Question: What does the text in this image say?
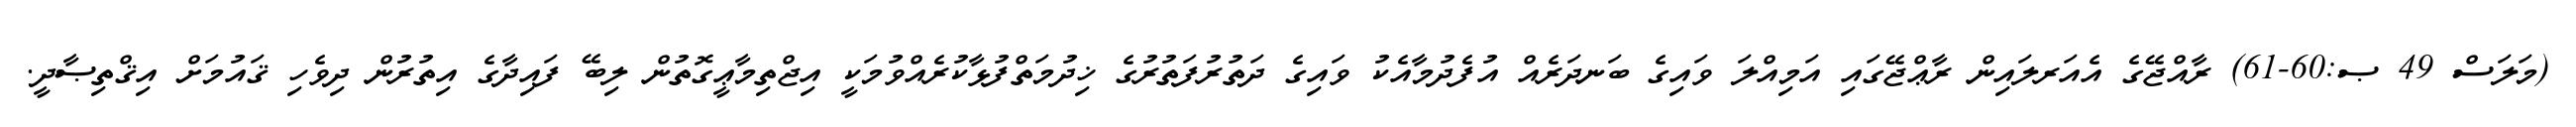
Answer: (މަލަސް 49 ޞ:60-61) ރާއްޖޭގެ އެއަރލައިން ރާޢްޖޭގައި އަމިއްލަ ވައިގެ ބަނދަރެއް އުފެދުމާއެކު ވައިގެ ދަތުރުފަތުރުގެ ޚިދުމަތްފުޅާކުރެއްވުމަކީ އިޖްތިމާޢީގޮތުން ލިބޭ ފައިދާގެ އިތުރުން ދިވެހި ޤައުމަށް އިޤްތިޞާދީ.